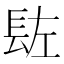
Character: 䦈